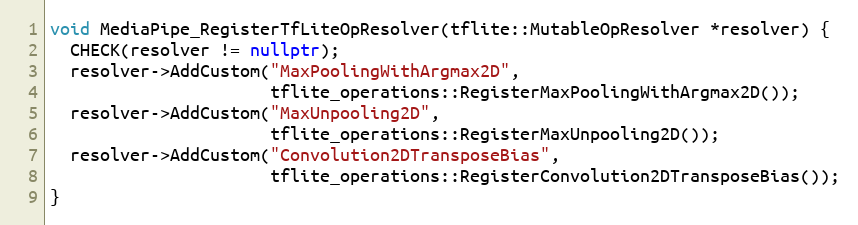
Language: C++
void MediaPipe_RegisterTfLiteOpResolver(tflite::MutableOpResolver *resolver) {
  CHECK(resolver != nullptr);
  resolver->AddCustom("MaxPoolingWithArgmax2D",
                      tflite_operations::RegisterMaxPoolingWithArgmax2D());
  resolver->AddCustom("MaxUnpooling2D",
                      tflite_operations::RegisterMaxUnpooling2D());
  resolver->AddCustom("Convolution2DTransposeBias",
                      tflite_operations::RegisterConvolution2DTransposeBias());
}